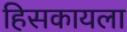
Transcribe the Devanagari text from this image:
हिसकायला